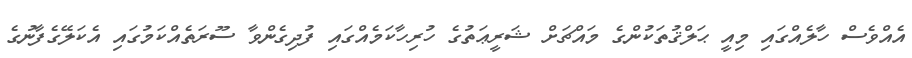
އެއްވެސް ހާލެއްގައި މިއީ ޙަލްޤުތަކުންގެ މައްޗަށް ޝަރީޢަތުގެ ހުރިހާކަމެއްގައި ފުދިގެންވާ ސޫރަތެއްކަމުގައި އެކަލޭގެފާނުގެ